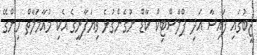
ޖީބުގައި ފައިސާ އަދި ޕްލާސްޓިކް ކާޑް ނުގެންގުޅެ ވިޔަފާރީގެ އެކި މުއާމަލާތް ހިންގޭ